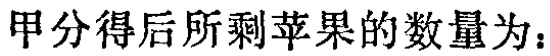
甲分得后所剩苹果的数量为：